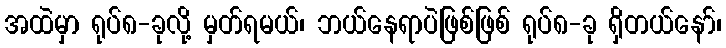
အထဲမှာ ရုပ်၈-ခုလို့ မှတ်ရမယ်၊ ဘယ်နေရာပဲဖြစ်ဖြစ် ရုပ်၈-ခု ရှိတယ်နော်၊